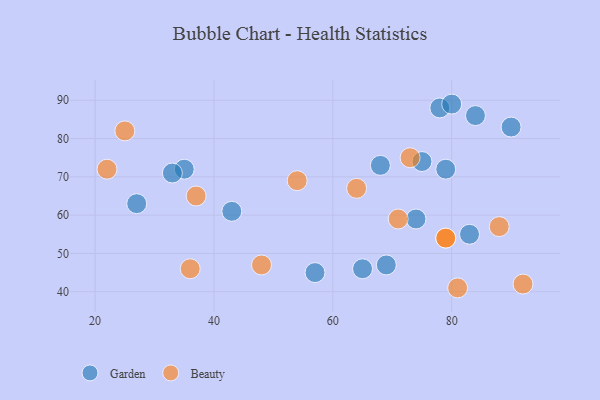
{"axis": {"x": "GDP", "y": "Life Expectancy"}, "legend": ["Beauty", "Garden"], "data": [{"x": "43", "y": 61, "type": "Garden"}, {"x": "83", "y": 55, "type": "Garden"}, {"x": "75", "y": 74, "type": "Garden"}, {"x": "35", "y": 72, "type": "Garden"}, {"x": "74", "y": 59, "type": "Garden"}, {"x": "78", "y": 88, "type": "Garden"}, {"x": "33", "y": 71, "type": "Garden"}, {"x": "68", "y": 73, "type": "Garden"}, {"x": "90", "y": 83, "type": "Garden"}, {"x": "69", "y": 47, "type": "Garden"}, {"x": "57", "y": 45, "type": "Garden"}, {"x": "84", "y": 86, "type": "Garden"}, {"x": "80", "y": 89, "type": "Garden"}, {"x": "27", "y": 63, "type": "Garden"}, {"x": "65", "y": 46, "type": "Garden"}, {"x": "79", "y": 72, "type": "Garden"}, {"x": "88", "y": 57, "type": "Beauty"}, {"x": "92", "y": 42, "type": "Beauty"}, {"x": "25", "y": 82, "type": "Beauty"}, {"x": "73", "y": 75, "type": "Beauty"}, {"x": "64", "y": 67, "type": "Beauty"}, {"x": "37", "y": 65, "type": "Beauty"}, {"x": "81", "y": 41, "type": "Beauty"}, {"x": "36", "y": 46, "type": "Beauty"}, {"x": "79", "y": 54, "type": "Beauty"}, {"x": "48", "y": 47, "type": "Beauty"}, {"x": "71", "y": 59, "type": "Beauty"}, {"x": "22", "y": 72, "type": "Beauty"}, {"x": "54", "y": 69, "type": "Beauty"}, {"x": "79", "y": 54, "type": "Beauty"}]}